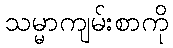
သမ္မာကျမ်းစာကို